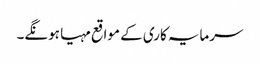
سرمایہ کاری کے مواقع مہیا ہونگے۔